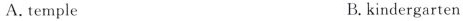
A.temple B.kindergarten